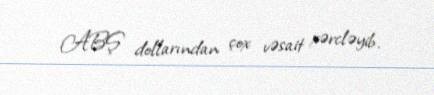
ABŞ dollarından çox vəsait xərcləyib.